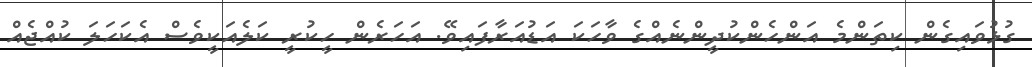
ގުޅުވައިގެން ކިތަންމެ އަންހެންކުދީންނެއްގެ ވާހަކަ އަޑުއަރާފައިވޭ. އަހަރެން ހީކުރީ ކަލެއަކީވެސް އެކަހަލަ ކުއްޖެއް